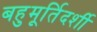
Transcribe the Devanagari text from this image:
बहुमूर्तिदर्शी